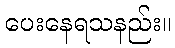
ပေးနေရသနည်း။